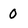
Character: 0